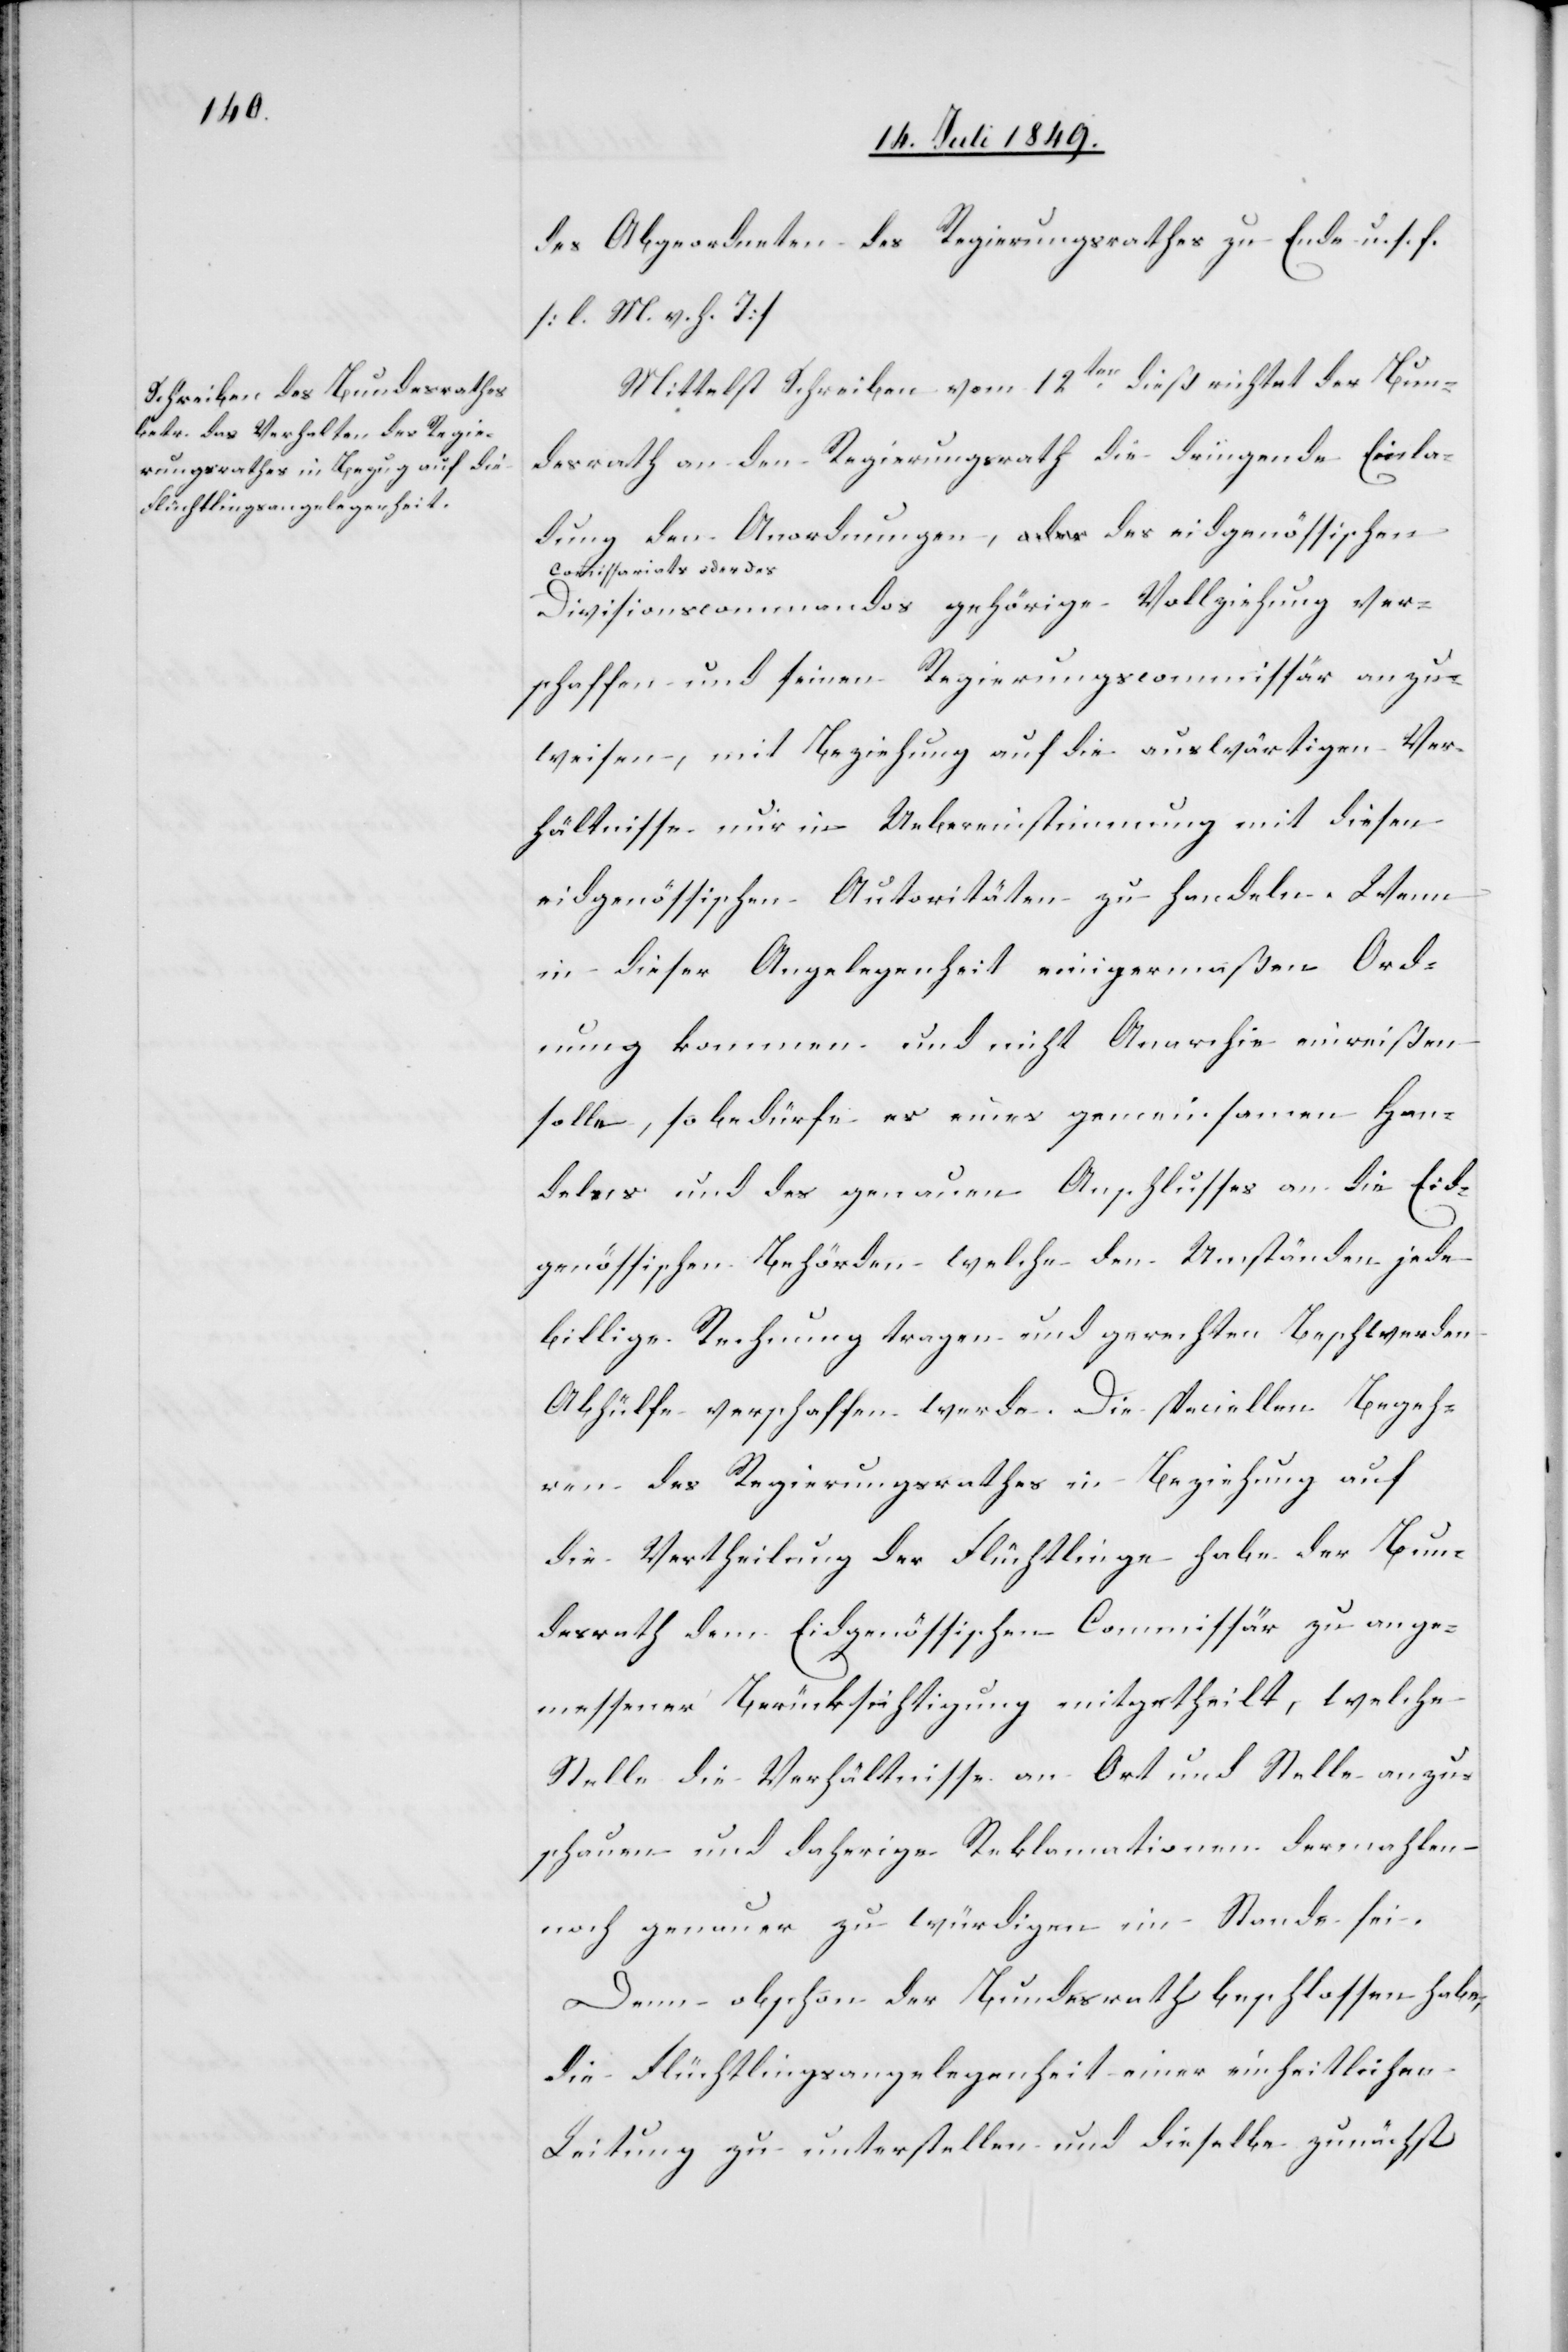
des Abgeordneten des Regierungsrathes zu Ende u. s. f.
[l. M. h. T]
Mittelst Schreiben vom 12ten dieß richtet der Bun¬
desrath an den Regierungsrath die dringende Einla¬
dung den Anordnungen, des eidgenössischen
a-Commissariats [?der des]-a
Divisionscommandos gehörige Vollziehung ver¬
schaffen und seinen Regierungscommissär anzu¬
weisen, mit Beziehung auf die auswärtigen Ver¬
hältnisse nur in Uebereinstimmung mit diesen
eidgenössischen Autoritäten zu handeln. Wenn
in dieser Angelegenheit einigermaßen Ord¬
nung kommen und nicht Anarchie einreißen
solle, so bedürfe es eines gemeinsamen Han¬
delns und des genauen Anschlusses an die Eid¬
genössischen Behörden welche den Umständen jede
billige Rechnung tragen und gerechten Beschwerden
Abhülfe verschaffen werde. Die speciellen Begeh¬
ren des Regierungsrathes in Beziehung auf
die Vertheilung der Flüchtlinge habe der Bun¬
desrath dem Eidgenössischen Commissär zu ange¬
messener Berücksichtigung mitgetheilt, welche
Stelle die Verhältnisse an Ort und Stelle anzu¬
schauen und daherige Reklamationen dermahlen
noch genauer zu würdigen im Stande sei.
Denn obschon der Bundesrath beschlossen habe,
die Flüchtlingsangelegenheit einer einheitlichen
Leitung zu unterstellen und dieselbe zunächst